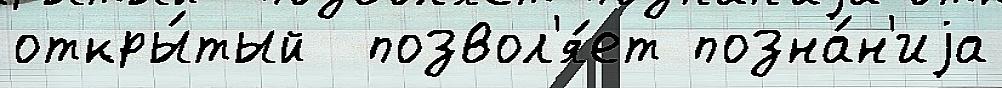
откры́тый  позвол'я́ет позна́н'иjа